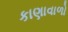
કાણાવાળો